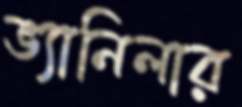
ভ্যানিলার